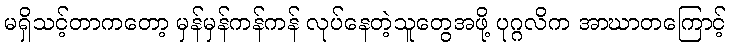
မရှိသင့်တာကတော့ မှန်မှန်ကန်ကန် လုပ်နေတဲ့သူတွေအဖို့ ပုဂ္ဂလိက အာဃာတကြောင့်